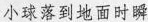
小球落到地面时瞬